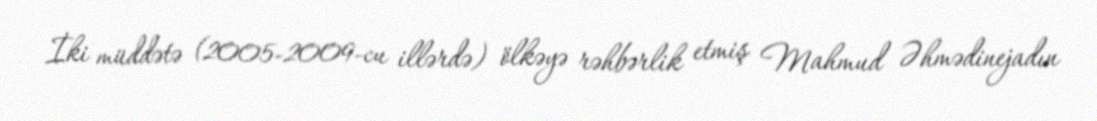
İki müddətə (2005-2009-cu illərdə) ölkəyə rəhbərlik etmiş Mahmud Əhmədinejadın